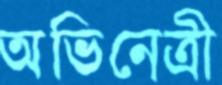
অভিনেত্রী